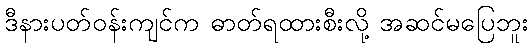
ဒီနားပတ်ဝန်းကျင်က ဓာတ်ရထားစီးလို့ အဆင်မပြေဘူး